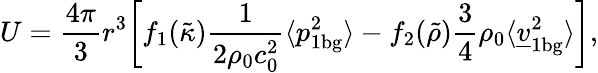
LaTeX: U=\frac{4\pi}{3}r^{3}\biggl[f_{1}(\tilde{\kappa})\frac{1}{2\rho_{0}c_{0}^{2}}\langle p_{1\mathrm{bg}}^{2}\rangle-f_{2}(\tilde{\rho})\frac{3}{4}\rho_{0}\langle\underline{{v}}_{1\mathrm{bg}}^{2}\rangle\biggr],